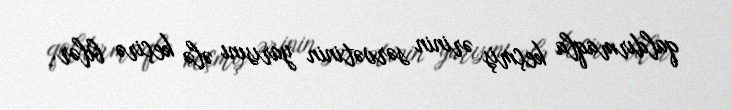
qaldırmaqla keçmiş ərinin sərvətinin yarısını ələ keçirə bilər.